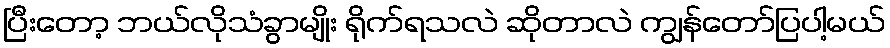
ပြီးတော့ ဘယ်လိုသံခွာမျိုး ရိုက်ရသလဲ ဆိုတာလဲ ကျွန်တော်ပြပါ့မယ်